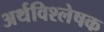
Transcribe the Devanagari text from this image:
अर्थविश्लेषक